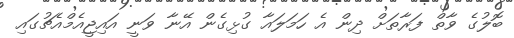
ބޮލުގެ ވާތް ފަރާތަށް ދިން އެ ހަމަލައާ ގުޅިގެން އޭނާ ވަނީ އައިޖީއެމްއެޗުގައި